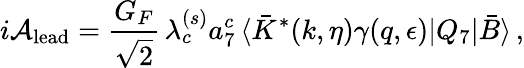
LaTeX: i{\cal A}_{\mathrm{lead}}=\frac{G_{F}}{\sqrt 2}\, \lambda_{c}^{(s)}a_{7}^{c}\, \langle\bar{K}^{*}(k,\eta)\gamma(q,\epsilon)|Q_{7}|\bar{B}\rangle\, ,